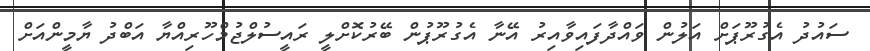
ސައުދު އެގުރޫޕަށް އަލުން ވައްދާފައިވާއިރު އޭނާ އެގުރޫޕުން ބޭރުކޮށްލީ ރައީސުލްޖުމްހޫރިއްޔާ އަބްދު ޔާމީންއަށް